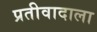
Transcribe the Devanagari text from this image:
प्रतीवादाला